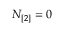
N _ { [ 2 ] } = 0